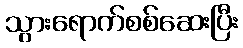
သွားရောက်စစ်ဆေးပြီး